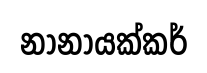
නානායක්කර්